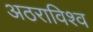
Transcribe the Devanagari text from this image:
अठराविश्व